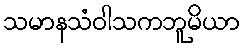
သမာနသံဝါသကဘူမိယာ